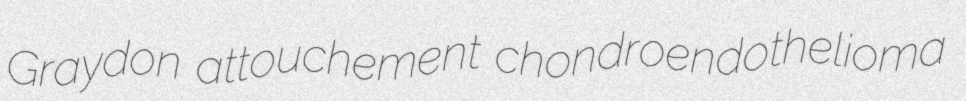
Graydon attouchement chondroendothelioma